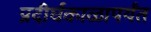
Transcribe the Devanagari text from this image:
प्रदीर्घकाळापर्यंत